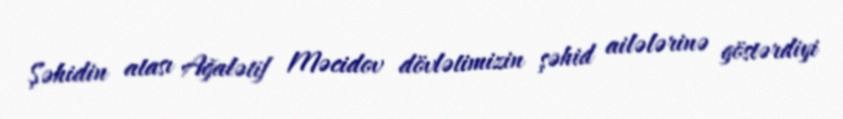
Şəhidin atası Ağalətif Məcidov dövlətimizin şəhid ailələrinə göstərdiyi